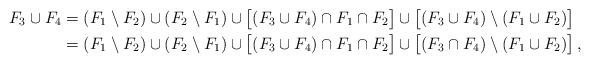
LaTeX: \begin{align*}F_3\cup F_4&=(F_1\setminus F_2)\cup (F_2\setminus F_1)\cup\bigl[(F_3\cup F_4)\cap F_1\cap F_2\bigr]\cup\bigl[(F_3\cup F_4)\setminus( F_1\cup F_2)\bigr]\\&=(F_1\setminus F_2)\cup (F_2\setminus F_1)\cup\bigl[(F_3\cup F_4)\cap F_1\cap F_2\bigr]\cup\bigl[(F_3\cap F_4)\setminus( F_1\cup F_2)\bigr]\,,\end{align*}